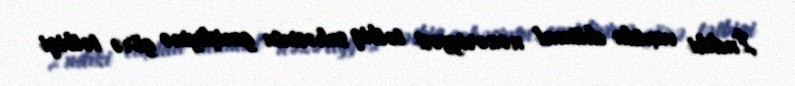
İndiki vaxtda ehtimal nəzəriyyəsi tətbiq sahəsinin genişliyinə görə tətbiqi